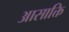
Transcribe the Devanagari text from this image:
आसाक्ति